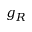
g _ { R }